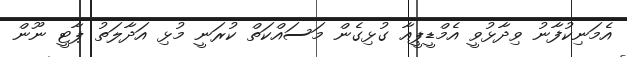
އެމަނިކުފާނު ވިދާޅުވީ އެމްޑީޕީއާ ގުޅިގެން މަސައްކަތް ކުރަނީ މުޅި އަދާލަތު ޕާޓީ ނޫން